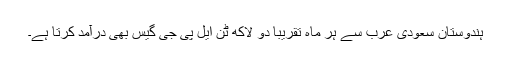
ہندوستان سعودی عرب سے ہر ماہ تقریباً دو لاکھ ٹن ایل پی جی گیس بھی درآمد کرتا ہے۔